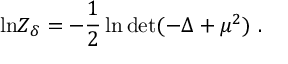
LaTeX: \mathrm { l n } Z _ { \delta } = - { \frac { 1 } { 2 } } \ln \mathrm { d e t } ( - \Delta + \mu ^ { 2 } ) ~ .